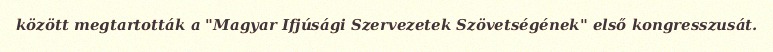
között megtartották a "Magyar Ifjúsági Szervezetek Szövetségének" első kongresszusát.